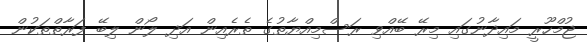
ޖުމްހޫރީ މައިދާނުގައި މިރޭ ބޭއްވި ރަސްމިއްޔާތުގެ ތެރެއިން އަދި ލޯން ލިބޭ ފަރާތްތަކުން